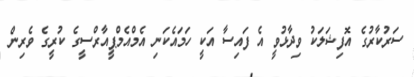
ސަރުކާރުގެ އޮފިޝަލަކު ވިދާޅުވީ އެ ފައިސާ އަކީ ހަމައެކަނި އެމްއެމްޕީއާރްސީގެ ކުރީގެ ވެރިން